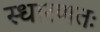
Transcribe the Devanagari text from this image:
स्धारणतः